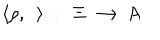
\langle \rho , ~ ~ \rangle ~ : ~ ~ \Xi \longrightarrow A